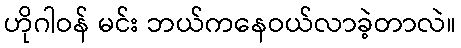
ဟိုဂါဝန် မင်း ဘယ်ကနေဝယ်လာခဲ့တာလဲ။